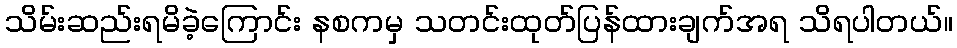
သိမ်းဆည်းရမိခဲ့ကြောင်း နစကမှ သတင်းထုတ်ပြန်ထားချက်အရ သိရပါတယ်။